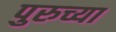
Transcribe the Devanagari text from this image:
पुरुच्या